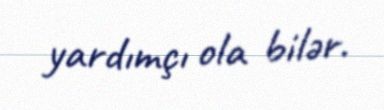
yardımçı ola bilər.